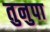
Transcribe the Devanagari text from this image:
तुनुपा